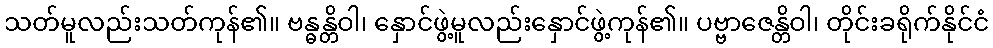
သတ်မူလည်းသတ်ကုန်၏။ ဗန္ဓန္တိဝါ၊ နှောင်ဖွဲ့မူလည်းနှောင်ဖွဲ့ကုန်၏။ ပဗ္ဗာဇေန္တိဝါ၊ တိုင်းခရိုက်နိုင်ငံ